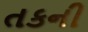
તકની